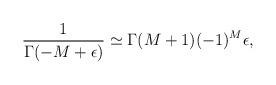
LaTeX: \begin{align*}\frac1{\Gamma(-M+\epsilon)}\simeq\Gamma(M+1)(-1)^M\epsilon,\end{align*}